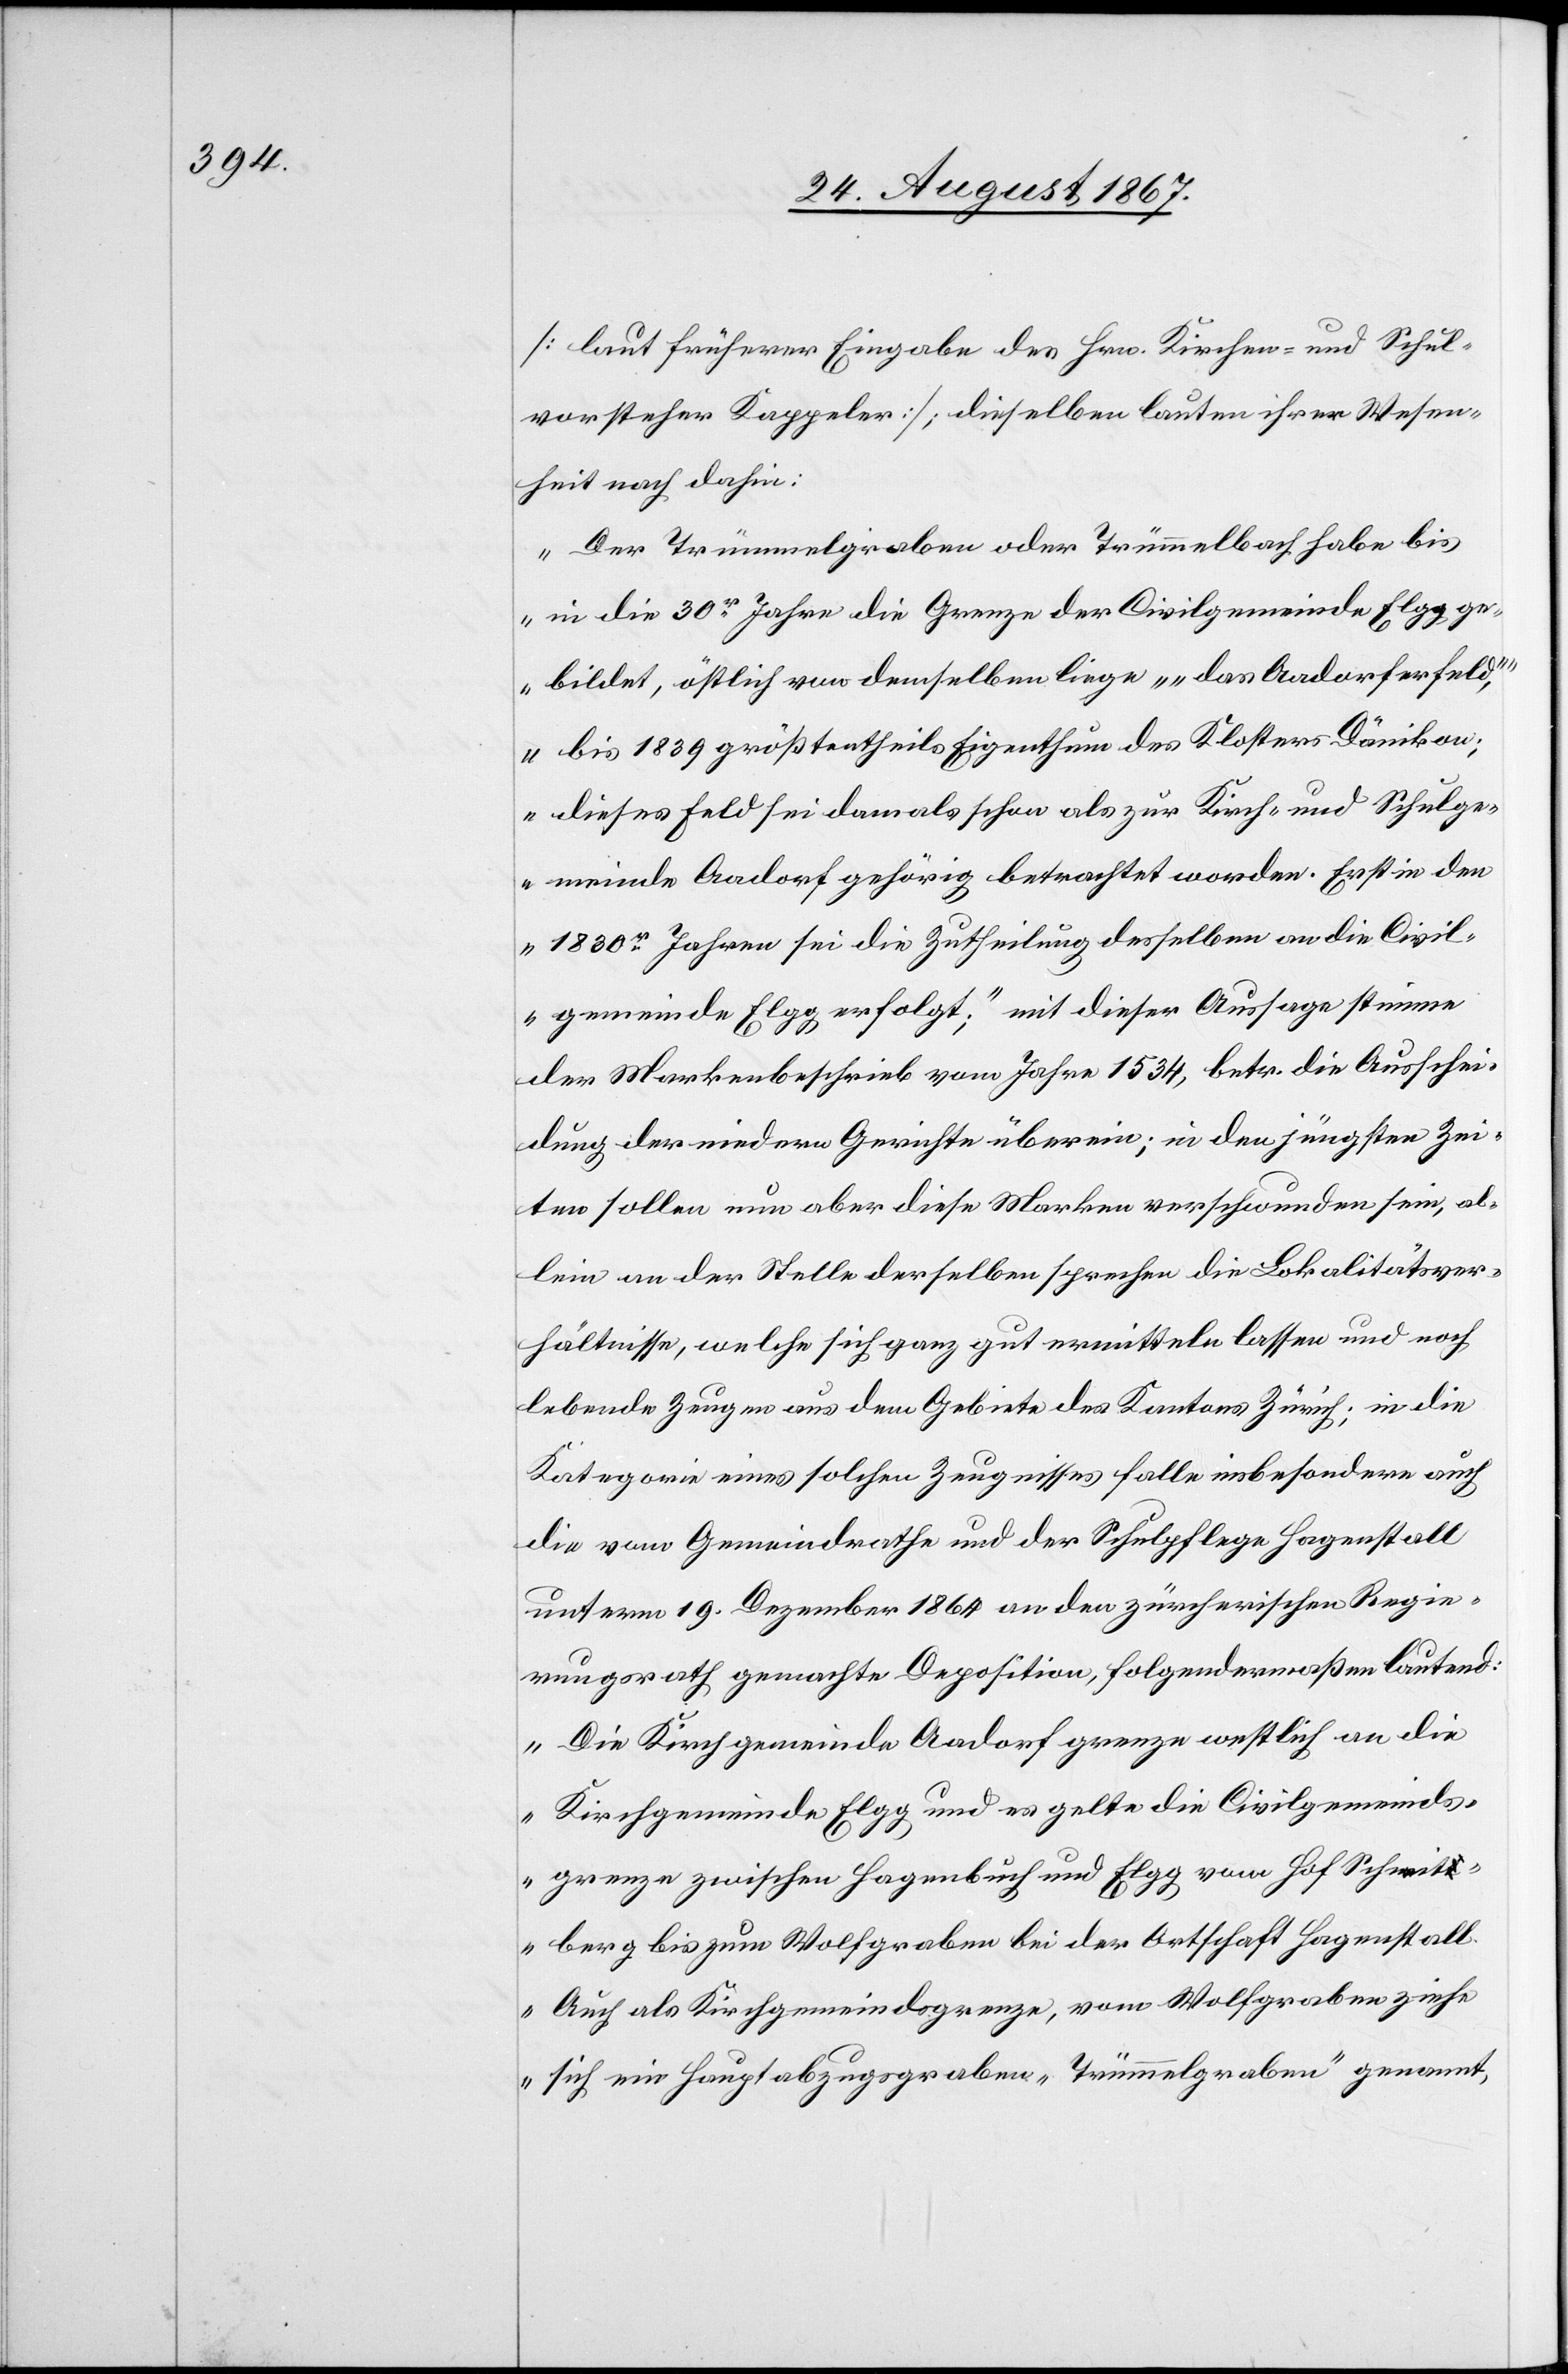
[laut früherer Eingabe des Hrn. Kirchen- und Schul¬
vorsteher Kappeler], dieselben lauten ihrer Wesen¬
heit nach dahin:
„Der Trümmelgraben oder Trümmelbach habe bis
in die 30r. Jahre die Grenze der Civilgemeinde Elgg ge¬
bildet, östlich von demselben liege „das Aadorferfeld“,
bis 1839 größtentheils Eigenthum des Klosters Dänikon;
dieses Feld sei damals schon als zur Kirch- und Schulge¬
meinde Aadorf gehörig betrachtet worden. Erst in den
1830r. Jahren sei die Zutheilung desselben an die Civil¬
gemeinde Elgg erfolgt“ mit dieser Aussage stimme
der Markenbescheid vom Jahre 1534, betr. die Ausschei¬
dung der niedern Gerichte überein; in den jüngsten Zei¬
ten sollen nun aber diese Marken verschwunden sein, al¬
lein an der Stelle derselben sprechen die Lokalitätsver¬
hältnisse, welche sich ganz gut vermitteln lassen und noch
lebende Zeugen aus dem Gebiete des Kantons Zürich; in die
Kategorie eines solchen Zeugnisses solle insbesondere auch
die vom Gemeindrathe und der Schulpflege Hagenstall
unterm 19. Dezember 1864 an den zürcherischen Regie¬
rungsrath gemachte Deposition, folgendermaßen lautend:
„Die Kirchgemeinde Aadorf grenze westlich an die
Kirchgemeinde Elgg und es gelte die Civilgemeinds¬
grenze zwischen Hagenbuch und Elgg vom Hof Schneit¬
berg bis zum Wolfgraben bei der Ortschaft Hagenstall.
Auch als Kirchgemeindsgrenze, vom Wolfengraben ziehe
sich ein Hauptabzugsgraben „Trümmelgraben“ genannt,